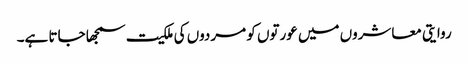
روایتی معاشروں میں عورتوں کو مردوں کی ملکیت سمجھا جاتا ہے۔